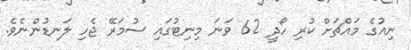
ނިއުގެ މައްޗަށް ކުރި ހޯދީ 62 ވަނަ މިނިޓުގައި ސުމަރޭ ޖެހި ލަނޑުންނެވެ.